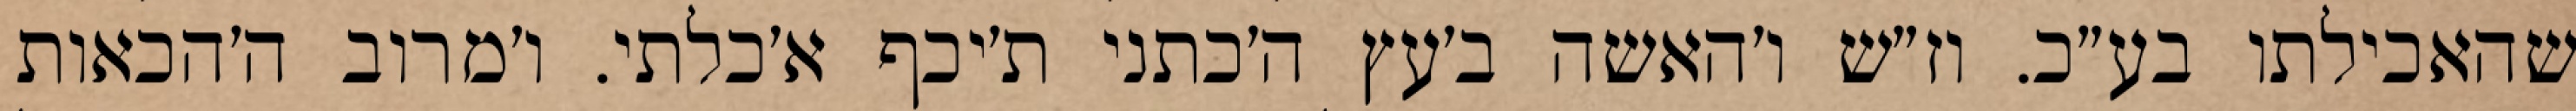
שהאכילתו בע״כ. וז״ש ו׳האשה ב׳עץ ה׳כתני ת׳יכף א׳כלתי. ו׳מרוב ה׳הכאות